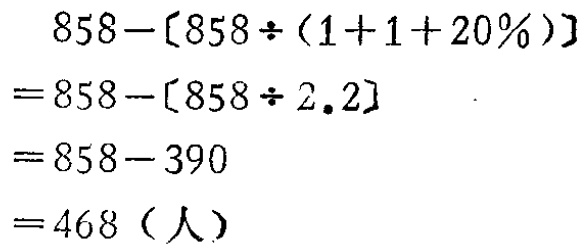
\[

\begin{align*}

&858 - [858\div(1 + 1 + 20\%)]\\

=&858 - [858\div2.2]\\

=&858 - 390\\

=&468 \text{（人）}

\end{align*}

\]